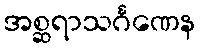
အစ္ဆရာသင်္ဂဏေန